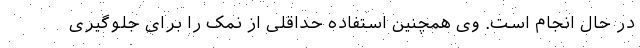
در حال انجام است. وی همچنین استفاده حداقلی از نمک را برای جلوگیری